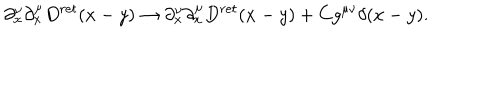
\partial _ { x } ^ { \nu } \partial _ { x } ^ { \mu } D ^ { r e t } ( x - y ) \rightarrow \partial _ { x } ^ { \nu } \partial _ { x } ^ { \mu } D ^ { r e t } ( x - y ) + C g ^ { \mu \nu } \delta ( x - y ) .